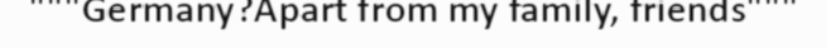
"""Germany?Apart from my family, friends"""